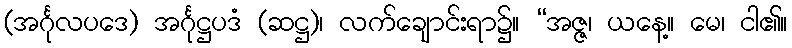
(အင်္ဂုလပဒေ) အင်္ဂုဋ္ဌပဒံ (ဆဋ္ဌ)၊ လက်ချောင်းရာ၌။ “အဇ္ဇ၊ ယနေ့။ မေ၊ ငါ၏။